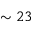
\sim 2 3